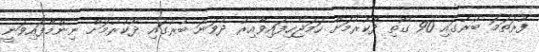
ފުރަތަމަ ބުރުގައި 90 ގޯތި ދޫކުރުމަށް ހަމަޖެހިފައިވާއިރު ދެވަނަ ބުރުގައި ދޫކުރުމަށް ނިންމާފައިވަނީ